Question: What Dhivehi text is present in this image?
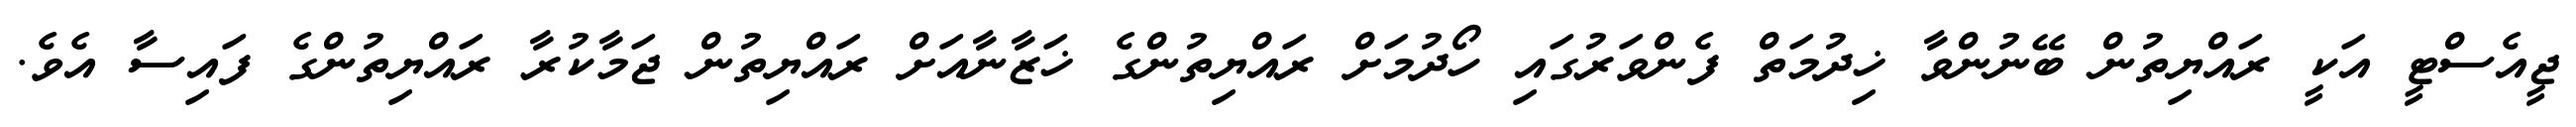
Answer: ޖީއެސްޓީ އަކީ ރައްޔިތުން ބޭނުންވާ ޚިދުމަތް ފެންވަރުގައި ހޯދުމަށް ރައްޔިތުންގެ ޚަޒާނާއަށް ރައްޔިތުން ޖަމާކުރާ ރައްޔިތުންގެ ފައިސާ އެވެ.